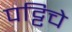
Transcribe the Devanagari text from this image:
पट्टिचे